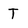
Character: T